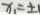
x _ { 1 } = \pm 1